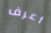
أعرف